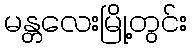
မန္တလေးမြို့တွင်း